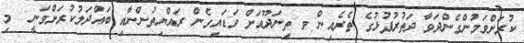
ކުރަށްވަމުންގެންދަވާ ދަތުރުފުޅުގެ ތެރެއިން ވ ތިނަދޫއަށް ވަޑައިގެން ރައްޔިތުންނާއި ބައްދަލުކުރަށްވަނީ  މި